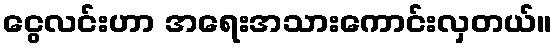
ငွေလင်းဟာ အရေးအသားကောင်းလှတယ်။